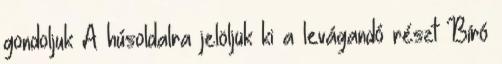
gondoljuk A húsoldalra jelöljük ki a levágandó részt Bíró